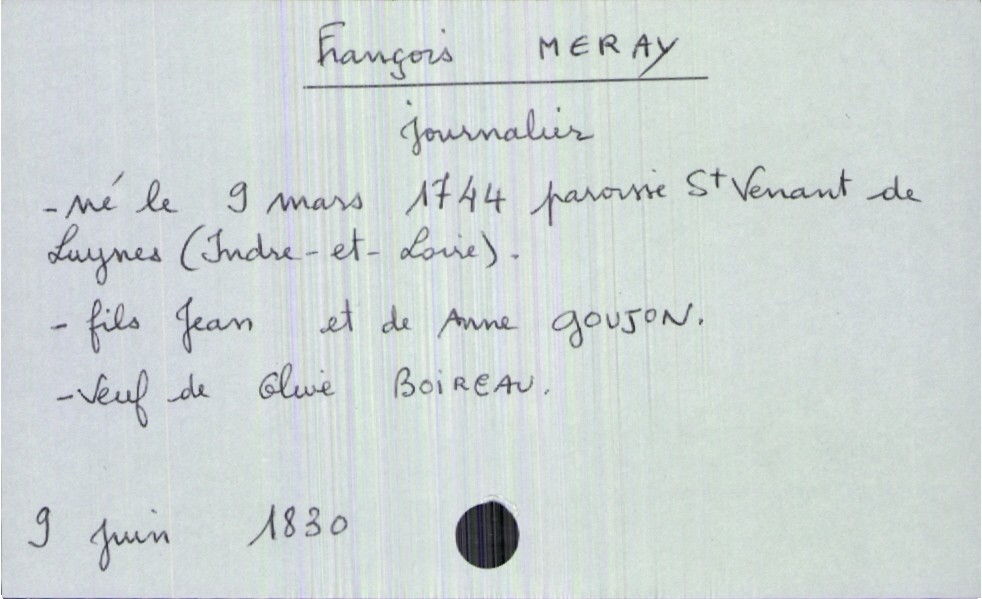
type_acte: Décès
année: 1830
mois: juin
jour: 9
défunt_nom: Meray
défunt_prénom: François
défunt_sexe: H
défunt_profession: journalier
défunt_date_de_naissance: 9 mars 1744
défunt_lieu_de_naissance: paroisse Saint Venant de Laynes (Indre-et-Loire)
défunt_statut: veuf(ve)
père_défunt_nom: Meray
père_défunt_prénom: Jean
mère_défunt_nom: Goujon
mère_défunt_prénom: Anne